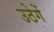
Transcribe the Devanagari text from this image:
उठेगें